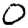
Digit: 0